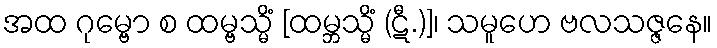
အထ ဂုမ္ဗော စ ထမ္ဗသ္မိံ [ထမ္ဘသ္မိံ (ဋီ.)]၊ သမူဟေ ဗလသဇ္ဇနေ။